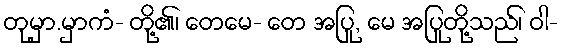
တုမှာ.မှာကံ- တို့၏၊ တေမေ- တေ အပြု, မေ အပြုတို့သည်၊ ဝါ-